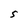
Character: S